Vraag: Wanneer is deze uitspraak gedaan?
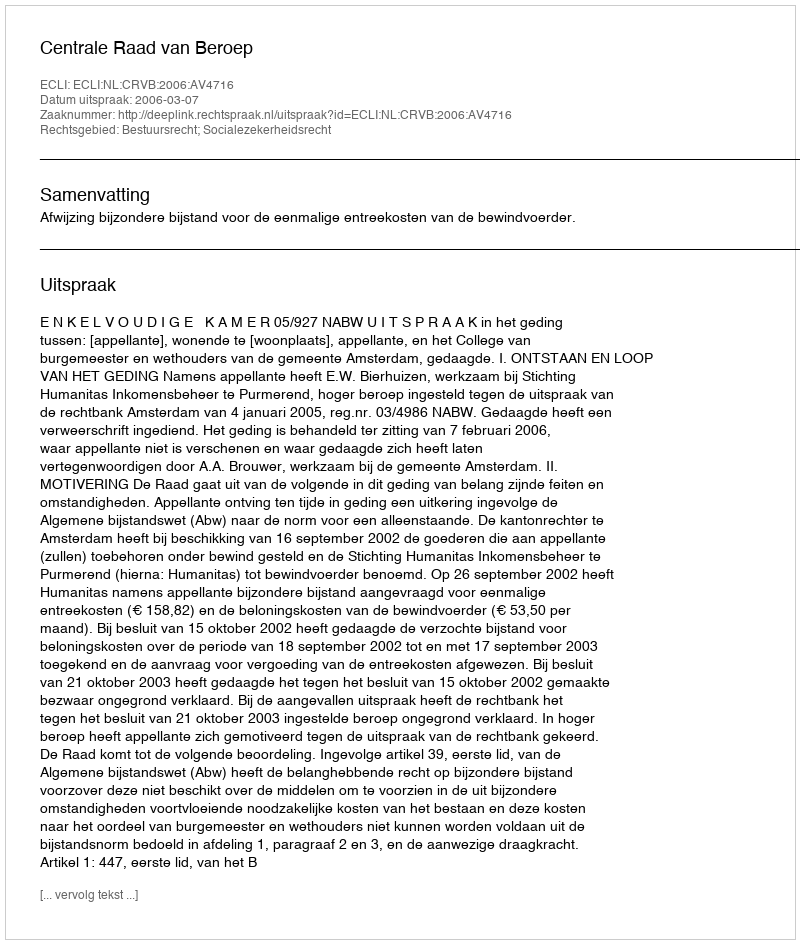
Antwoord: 2006-03-07